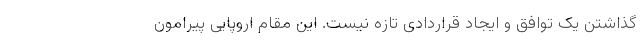
گذاشتن یک توافق و ایجاد قراردادی تازه نیست. این مقام اروپایی پیرامون